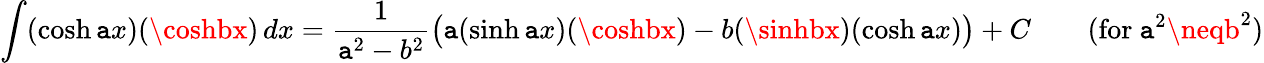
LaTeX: \int(\cosh\mathtt{a}x)(\coshbx)\, dx={\frac{{1}}{{\mathtt{a}^{2}-b^{2}}}}{\big(}\mathtt{a}(\sinh\mathtt{a}x)(\coshbx)-b(\sinhbx)(\cosh\mathtt{a}x){\big)}+C\qquad{\mathrm{{(for~}}}\mathtt{a}^{2}\neqb^{2}{\mathrm{{)}}}